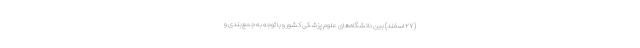
(۲۷ اسفند) بین دانشگاه‌های علوم پزشکی کشور و با توجه به جمع‌بندی و